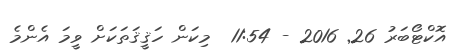
އޮކްޓޯބަރު 26